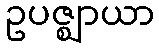
ဥပဇ္ဈာယာ